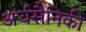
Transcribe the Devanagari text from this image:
अर्धसैनिकी